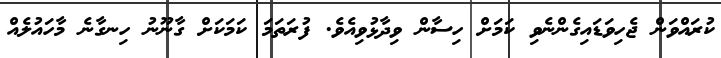
ކުރައްވަން ޖެހިވަޑައިގެންނެވި ކަމަށް ހިސާން ވިދާޅުވިއެވެ. ފުރަތަމަ ކަމަކަށް ގާނޫނު ހިނގާނެ މާހައުލެއް